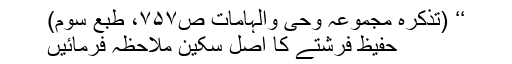
‘‘ (تذکرہ مجموعہ وحی والہامات ص۷۵۷، طبع سوم)
حفیظ فرشتے کا اصل سکین ملاحظہ فرمائیں